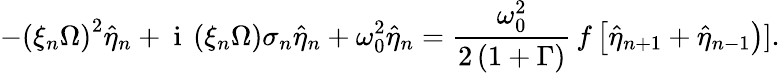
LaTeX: -\left(\xi_{n}\Omega\right)^{2}\hat{\eta}_{n}+\mathrm{~i~}\left(\xi_{n}\Omega\right)\sigma_{n}\hat{\eta}_{n}+\omega_{0}^{2}\hat{\eta}_{n}=\frac{\omega_{0}^{2}}{2\left(1+\Gamma\right)}\, f\left[\hat{\eta}_{n+1}+\hat{\eta}_{n-1}\right)].